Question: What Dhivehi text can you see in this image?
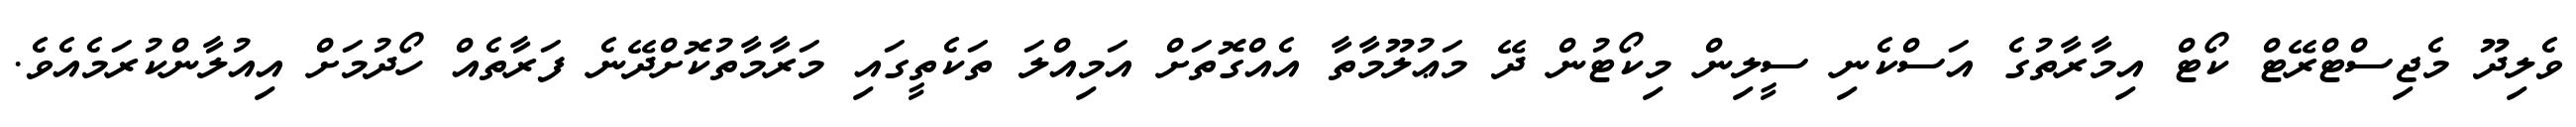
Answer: ވެލިދޫ މެޖިސްޓްރޭޓް ކޯޓް އިމާރާތުގެ އަސްކެނި ސީލިން މިކޯޓުން ދޭ މަޢުލޫމާތާ އެއްގޮތަށް އަމިއްލަ ތަކެތީގައި މަރާމާތުކޮށްދޭނެ ފަރާތެއް ހޯދުމަށް އިއުލާންކުރަމެއެވެ.